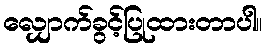
လျှောက်ခွင့်ပြုထားတာပါ။